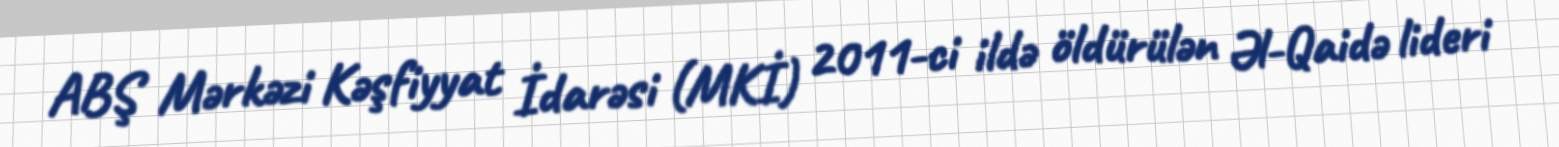
ABŞ Mərkəzi Kəşfiyyat İdarəsi (MKİ) 2011-ci ildə öldürülən Əl-Qaidə lideri